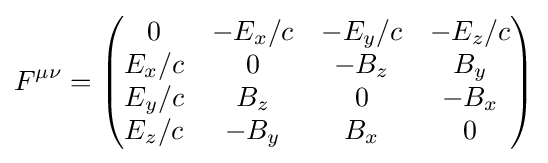
F^{\mu \nu }={\begin{pmatrix}0&-E_{x}/c&-E_{y}/c&-E_{z}/c\\E_{x}/c&0&-B_{z}&B_{y}\\E_{y}/c&B_{z}&0&-B_{x}\\E_{z}/c&-B_{y}&B_{x}&0\end{pmatrix}}